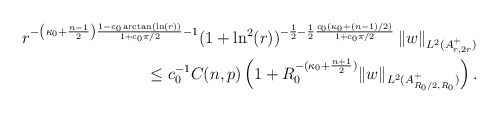
\begin{align*}r^{- \left(\kappa_0 + \frac{n-1}{2} \right) \frac{1-c_0\arctan(\ln(r))}{1 + c_0 \pi/2} -1} (1+\ln^2(r))^{-\frac{1}{2}-\frac{1}{2}\frac{c_0(\kappa_0+(n-1)/2)}{1+c_0\pi/2}} \left\|w \right\|_{L^2(A_{r, 2r}^+)} \\\leq c_0^{-1}C(n,p)\left(1+R_0^{-(\kappa_0+\frac{n+1}{2})}\|w\|_{L^2(A_{R_0/2,R_0}^+)}\right).\end{align*}